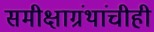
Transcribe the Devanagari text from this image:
समीक्षाग्रंथांचीही